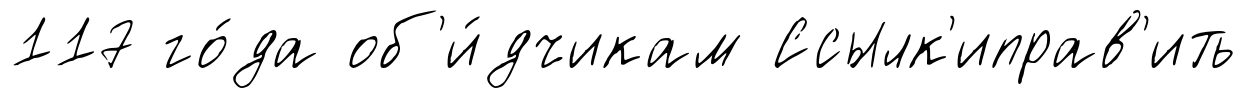
117 го́да об'и́дчикам Ссылк'иправ'ить